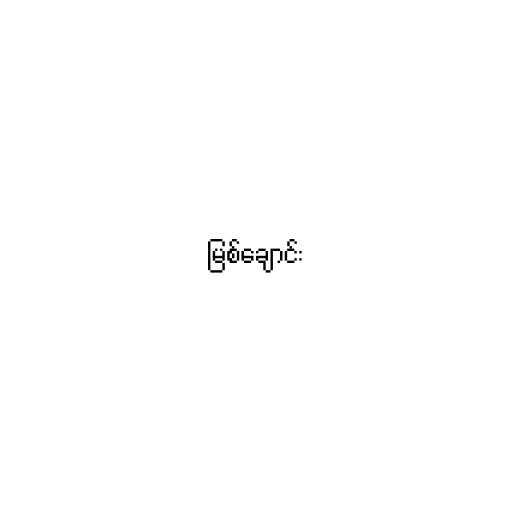
မြစ်ချောင်း